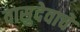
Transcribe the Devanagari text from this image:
वासुदेवाचे